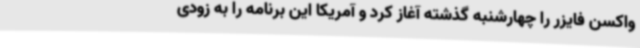
واکسن فایزر را چهارشنبه گذشته آغاز کرد و آمریکا این برنامه را به زودی